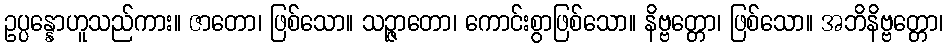
ဥပ္ပန္နောဟူသည်ကား။ ဇာတော၊ ဖြစ်သော။ သဉ္ဇာတော၊ ကောင်းစွာဖြစ်သော။ နိဗ္ဗတ္တော၊ ဖြစ်သော။ အဘိနိဗ္ဗတ္တော၊